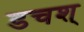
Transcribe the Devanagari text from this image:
डचश्